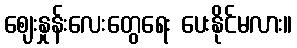
ဈေးနှုန်းလေးတွေရေး ပေးနိုင်မလား။